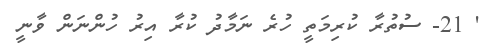
' 21- ސުތުރާ ކުރިމަތީ ހުރެ ނަމާދު ކުރާ އިރު ހުންނަން ވާނީ